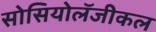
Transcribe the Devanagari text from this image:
सोसियोलॅजीकल